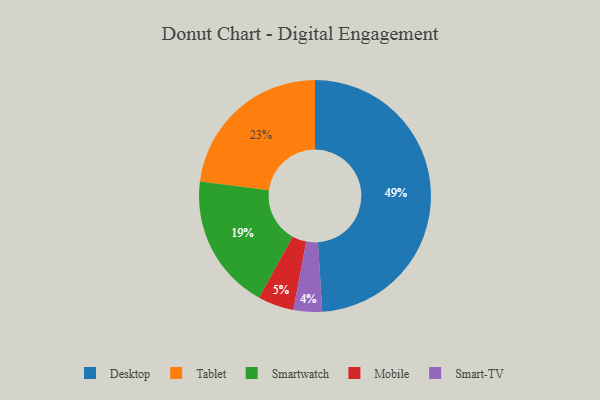
{"axis": {"x": "Category", "y": "Percentage"}, "legend": ["Desktop", "Mobile", "Smart-TV", "Smartwatch", "Tablet"], "data": [{"x": "Smartwatch", "y": 19, "type": "Smartwatch"}, {"x": "Desktop", "y": 49, "type": "Desktop"}, {"x": "Tablet", "y": 23, "type": "Tablet"}, {"x": "Smart-TV", "y": 4, "type": "Smart-TV"}, {"x": "Mobile", "y": 5, "type": "Mobile"}]}